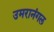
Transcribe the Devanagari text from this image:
उमरानंगल